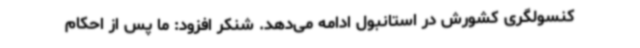
کنسولگری کشورش در استانبول ادامه می‌دهد. شنکر افزود: ما پس از احکام